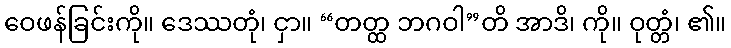
ဝေဖန်ခြင်းကို။ ဒေဿတုံ၊ ငှာ။ “တတ္ထ ဘဂဝါ”တိ အာဒိ၊ ကို။ ဝုတ္တံ၊ ၏။